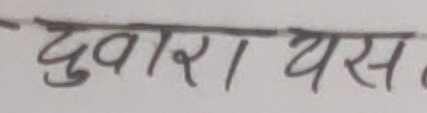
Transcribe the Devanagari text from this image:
द्वारा यस